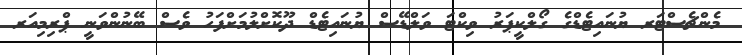
މެންޗެސްޓަރ ޔުނައިޓެޑްގެ ގޯލްކީޕަރު ވިކްޓަ ވަލްޑޭސް ޔުނައިޓެޑް ދޫކޮށްލުމަށްފަހު ވެސް ބޭނުންވަނީ ޕްރިމިއަރ